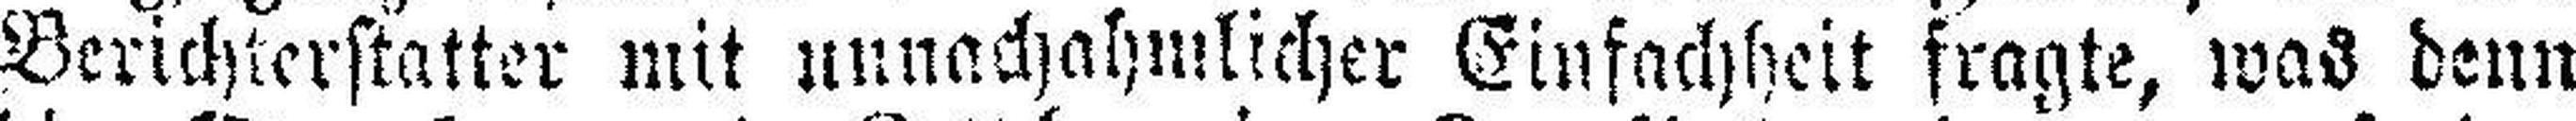
Berichterstatter mit unnachahmlicher Einfachheit fragte, was denn